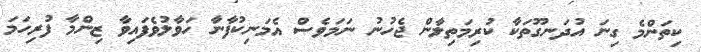
ކިތަންމެ ގިނަ އުދަނގޫތަކާ ކުރިމަތިލާން ޖެހުނު ނަމަވެސް އެމަނިކުފާނާ ހަވާލުވެފައިވާ ޒިންމާ ފުރިހަމަ